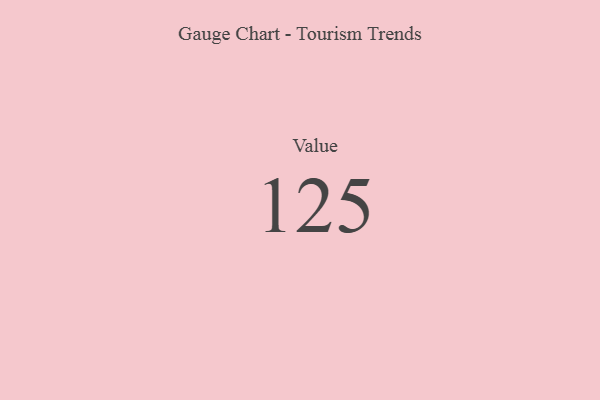
{"axis": {"x": "Metric", "y": "Value"}, "legend": [""], "data": [{"x": "Value", "y": 125, "type": ""}]}